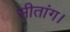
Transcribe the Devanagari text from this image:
सीतांग।